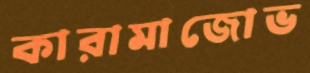
কারামাজোভ